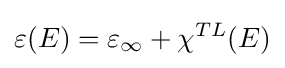
\varepsilon (E)=\varepsilon _{\infty }+\chi ^{TL}(E)